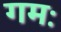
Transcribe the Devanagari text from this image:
गमः